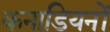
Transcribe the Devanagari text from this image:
कनाडियनों